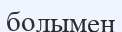
болымен